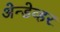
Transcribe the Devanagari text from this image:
अेन्डेव्हर